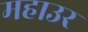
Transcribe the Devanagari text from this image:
महाउर